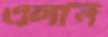
এলান